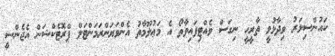
ކައުންސިލަރު ވިދާޅުވީ ތާރީހީ ނިގަސް ވެއްޓިފައިވާތޯ އެ މަޢުލޫމާތު އެންވަޔަންރަމަންޓަލް ޕްރޮޓެކްޝަން އެޖެންސީ